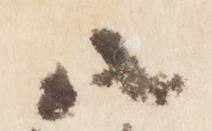
八